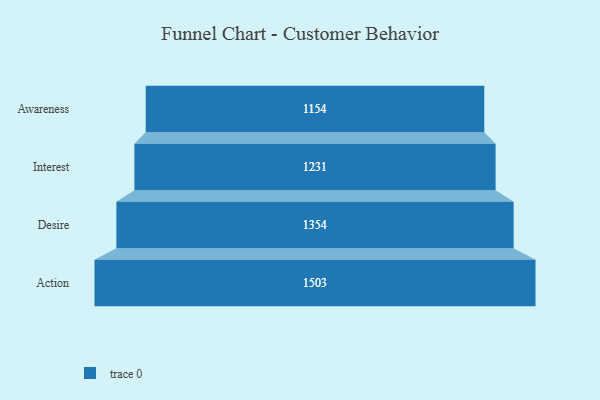
{"axis": {"x": "Stage", "y": "Value"}, "legend": [""], "data": [{"x": "Awareness", "y": 1154.0, "type": ""}, {"x": "Interest", "y": 1231.0, "type": ""}, {"x": "Desire", "y": 1354.0, "type": ""}, {"x": "Action", "y": 1503.0, "type": ""}]}